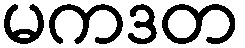
မကဒတ